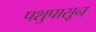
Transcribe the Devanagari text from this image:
पशुपासून